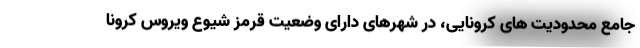
جامع محدودیت های کرونایی، در شهرهای دارای وضعیت قرمز شیوع ویروس کرونا